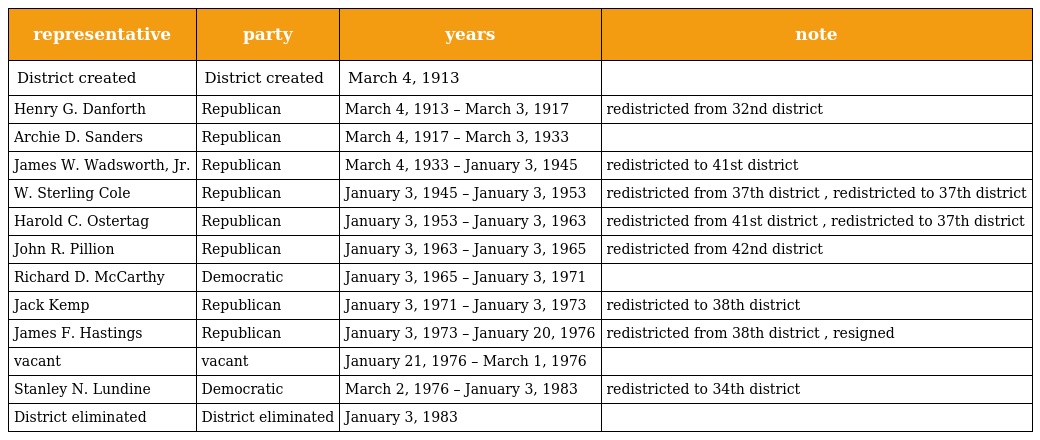
| representative | party | years | note |
 | --- | --- | --- | --- |
 | District created | District created | March 4, 1913 |  |
 | Henry G. Danforth | Republican | March 4, 1913 – March 3, 1917 | redistricted from 32nd district |
 | Archie D. Sanders | Republican | March 4, 1917 – March 3, 1933 |  |
 | James W. Wadsworth, Jr. | Republican | March 4, 1933 – January 3, 1945 | redistricted to 41st district |
 | W. Sterling Cole | Republican | January 3, 1945 – January 3, 1953 | redistricted from 37th district , redistricted to 37th district |
 | Harold C. Ostertag | Republican | January 3, 1953 – January 3, 1963 | redistricted from 41st district , redistricted to 37th district |
 | John R. Pillion | Republican | January 3, 1963 – January 3, 1965 | redistricted from 42nd district |
 | Richard D. McCarthy | Democratic | January 3, 1965 – January 3, 1971 |  |
 | Jack Kemp | Republican | January 3, 1971 – January 3, 1973 | redistricted to 38th district |
 | James F. Hastings | Republican | January 3, 1973 – January 20, 1976 | redistricted from 38th district , resigned |
 | vacant | vacant | January 21, 1976 – March 1, 1976 |  |
 | Stanley N. Lundine | Democratic | March 2, 1976 – January 3, 1983 | redistricted to 34th district |
 | District eliminated | District eliminated | January 3, 1983 |  |